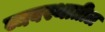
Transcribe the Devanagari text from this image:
व्यवस्थातील